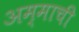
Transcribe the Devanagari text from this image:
अम्माची